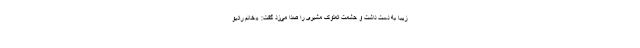
زیبا به دست داشت و حشمت ‌الملوک مشیری را صدا می‌زد گفت: «خانم رادیو